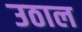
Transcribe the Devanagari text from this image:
उठाल